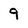
Character: 9